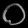
Digit: ၀